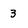
Character: 3